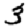
Digit: 3